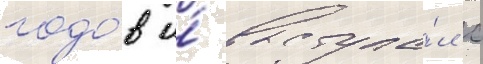
годо́в и́ выступа́л с